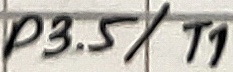
Text: P3.5/T1